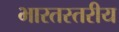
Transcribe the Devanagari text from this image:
भारतस्तरीय